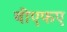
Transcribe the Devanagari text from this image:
बीएफए